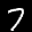
Label: 7